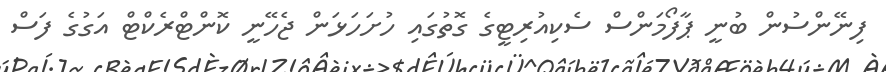
ފިނޭންސުން ބުނީ ޕާފޯމަންސް ސެކިއުރިޓީގެ ގޮތުގައި ހުށަހަޅަން ޖެހޭނީ ކޮންޓްރެކްޓް އަގުގެ ފަސް